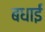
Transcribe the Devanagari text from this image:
बधाईं